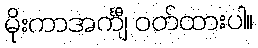
မိုးကာအင်္ကျီ ဝတ်ထားပါ။